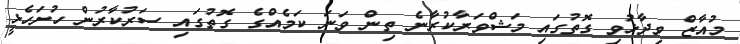
މުއާޒް ވިދާޅުވި ގޮތުގައި މަޝްވަރާކުރާނެ ތިން ވަނަ ކަމެއްގެ ގޮތުގައި ސަރުކާރުން ހުށަހެޅީ